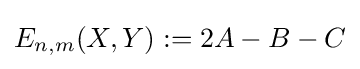
E_{n,m}(X,Y):=2A-B-C